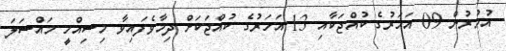
އުމުރުން 09 އަހަރުގެ ކުއްޖަކާއި 13 އަހަރުގެ ކުއްޖަކަށް ދިމާވެފައިވާ މިސިއްހީ މައްސަލަ